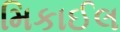
મિકાઈલ